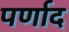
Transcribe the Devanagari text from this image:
पर्णाद